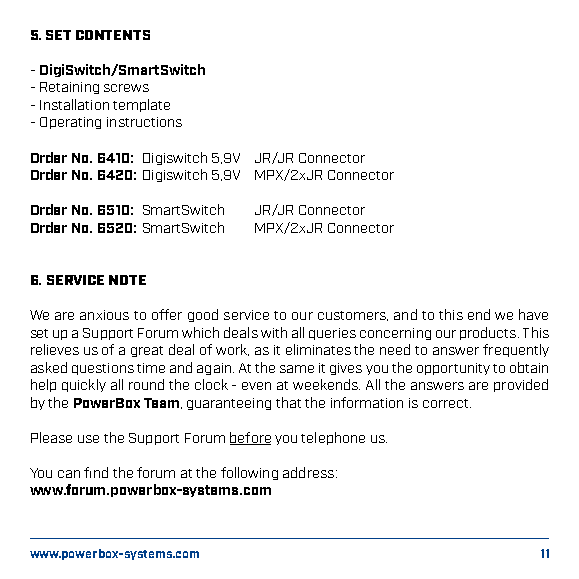
5. SET CONTENTS
 - DigiSwitch/SmartSwitch
 - Retaining screws
 - Installation template
 - Operating instructions
 Order No. 6410: Digiswitch 5,9V JR/JR Connector
 Order No. 6420: Digiswitch 5,9V MPX/2xJR Connector
 Order No. 6510: SmartSwitch JR/JR Connector
 Order No. 6520: SmartSwitch MPX/2xJR Connector
 6. SERVICE NOTE
 We are anxious to offer good service to our customers, and to this end we have
 set up a Support Forum which deals with all queries concerning our products. This
 relieves us of a great deal of work, as it eliminates the need to answer frequently
 asked questions time and again. At the same it gives you the opportunity to obtain
 help quickly all round the clock - even at weekends. All the answers are provided
 by the PowerBox Team, guaranteeing that the information is correct.
 Please use the Support Forum before you telephone us.
 You can find the forum at the following address:
 www.forum.powerbox-systems.com
 www.powerbox-systems.com          11